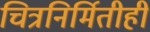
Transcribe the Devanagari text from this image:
चित्रनिर्मितीही